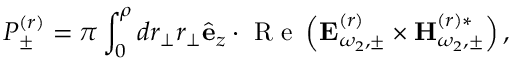
P _ { \pm } ^ { ( r ) } = \pi \int _ { 0 } ^ { \rho } d r _ { \perp } r _ { \perp } \hat { \bf e } _ { z } \cdot \mathrm { ~ R ~ e ~ } \left( { \bf E } _ { \omega _ { 2 } , \pm } ^ { ( r ) } \times { \bf H } _ { \omega _ { 2 } , \pm } ^ { ( r ) * } \right) ,